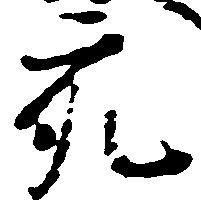
充